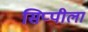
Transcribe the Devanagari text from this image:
सिप्पीला